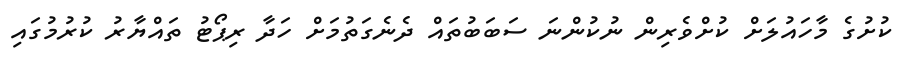
ކުށުގެ މާހައުލަށް ކުށްވެރިން ނުކުންނަ ސަބަބުތައް ދެނެގަތުމަށް ހަދާ ރިޕޯޓު ތައްޔާރު ކުރުމުގައި